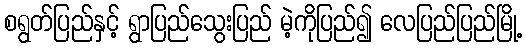
စရွတ်ပြည်နှင့် ရွာပြည်သွေးပြည် မဲ့ကိုပြည်၍ လေပြည်ပြည်မြို့